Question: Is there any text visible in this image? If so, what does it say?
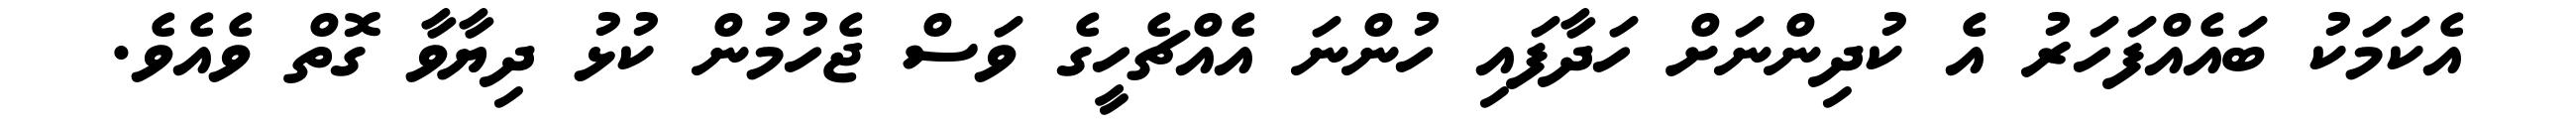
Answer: އެކަމަކު ބައެއްފަހަރު އެ ކުދިންނަށް ހަދާފައި ހުންނަ އެއްޗެހީގެ ވަސް ޖެހުމުން ކުޅު ދިޔާވާ ގޮތް ވެއެވެ.